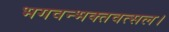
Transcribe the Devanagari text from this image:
भगवन्भक्तवत्सल।